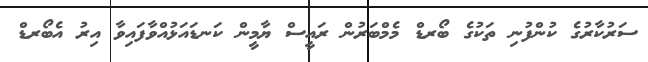
ސަރުކާރުގެ ކުންފުނި ތަކުގެ ބޯރޑް މެމްބަރުން ރައީސް ޔާމީން ކަނޑައަޅުއްވާފައިވާ އިރު އެބޯރޑް